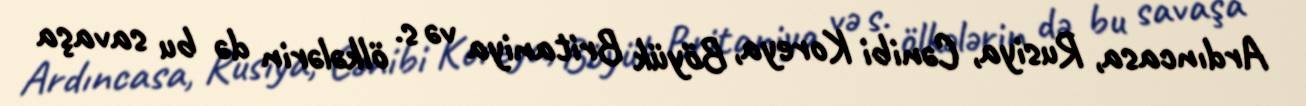
Ardıncasa, Rusiya, Cənibi Koreya, Böyük Britaniya və s. ölkələrin də bu savaşa